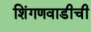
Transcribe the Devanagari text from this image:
शिंगणवाडीची